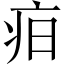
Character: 𤵖